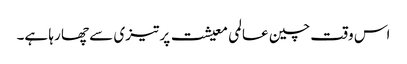
اس وقت چین عالمی معیشت پر تیزی سے چھا رہا ہے۔